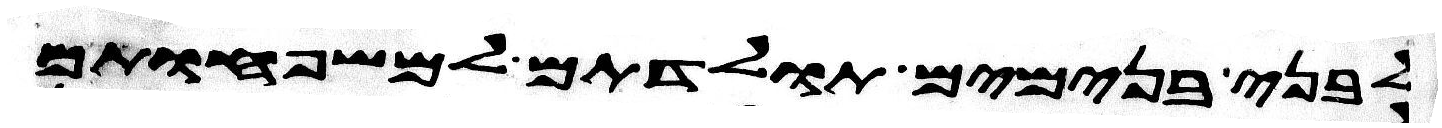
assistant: לבני בנימים תולדתם למשפחותם